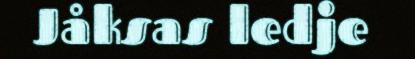
Jåksas ledje